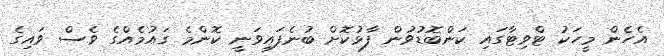
އެހެން މީހަކު ޓްވިޓާގައި ކަންބޮޑުވުން ފާޅުކޮށް ބުނެފައިވަނީ ކޮންމެ ގައުމެއްގެ ވެސް ވައިގެ